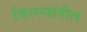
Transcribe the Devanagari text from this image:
किल्ल्यांतील